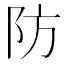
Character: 防